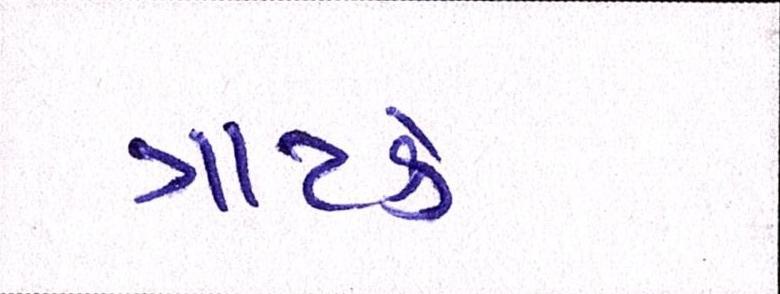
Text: ત્રાટકે